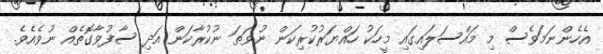
އެހެންނަމަވެސް މި މައްސަލައިގައި މީހަކު ހައްޔަރުކުރިކަން ނުވަތަ ނުކުރާކަން އަދި ސާފުވާގޮތެއް ނުވެއެވެ.